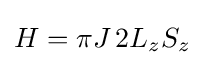
H=\pi J\,2L_{z}S_{z}